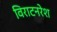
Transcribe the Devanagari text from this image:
विराटनरेश